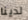
لدينا